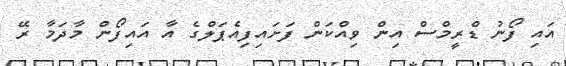
އައި ފޯނު ޑްރީމްސް އިން ވިއްކަން ފަށައިފިއެޕަލްގެ އާ އައިފޯން މާދަމާ ރޭ